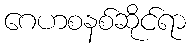
ဂေဟစနစ်ဆိုင်ရာ